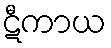
ဋီကာယ